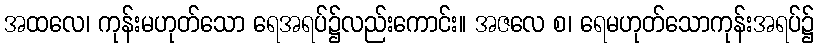
အထလေ၊ ကုန်းမဟုတ်သော ရေအရပ်၌လည်းကောင်း။ အဇလေ စ၊ ရေမဟုတ်သောကုန်းအရပ်၌